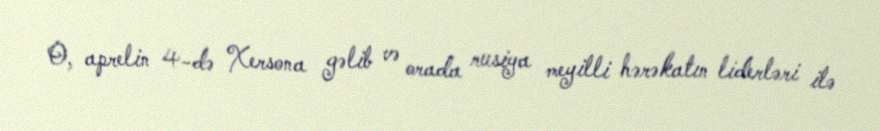
O, aprelin 4-də Xersona gəlib və orada rusiya meyilli hərəkatın liderləri ilə